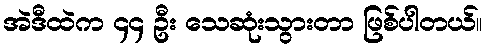
အဲဒီထဲက ၄၄ ဦး သေဆုံးသွားတာ ဖြစ်ပါတယ်။